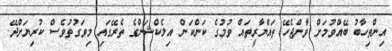
އިންތިހާބު ބޭއްވުމަށް ވާންޖެހޭ ތައްޔާރީތައް ވުމުގެ ކަންކަން އިލެކްޝަންގެ ތެރޭގައި މިވަގުތުވެސް ކުރިޔަށްދޭ.